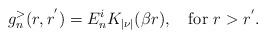
LaTeX: \begin{align*}g^{>}_{n}(r,r^{'})=E_n^{i}K_{|\nu|}(\beta r), \quad \hbox{for $r>r^{'}$.}\end{align*}